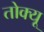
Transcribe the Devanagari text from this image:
तोक्यू